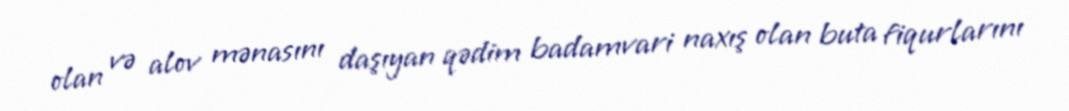
olan və alov mənasını daşıyan qədim badamvari naxış olan buta fiqurlarını